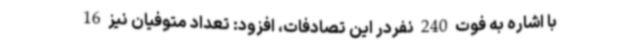
با اشاره به فوت 240 نفردر این تصادفات، افزود: تعداد متوفیان نیز 16